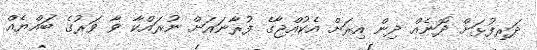
ދަރިފުޅަށް ދޮނެއް ދިން އިރަށް އެކުއްޖާގެ ފުރާނައަށް ނުރައްކާ ވާ ވަރުގެ ބައްޔެއް